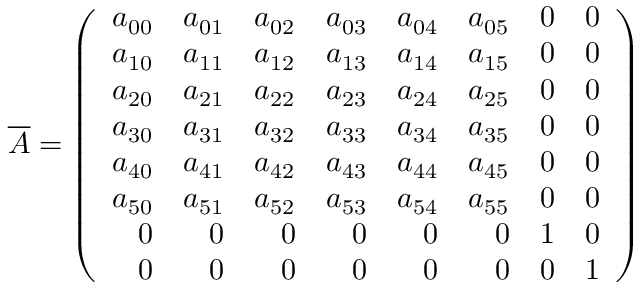
\overline { { A } } = \left( \begin{array} { r r r r r r r r } { a _ { 0 0 } } & { a _ { 0 1 } } & { a _ { 0 2 } } & { a _ { 0 3 } } & { a _ { 0 4 } } & { a _ { 0 5 } } & { 0 } & { 0 } \\ { a _ { 1 0 } } & { a _ { 1 1 } } & { a _ { 1 2 } } & { a _ { 1 3 } } & { a _ { 1 4 } } & { a _ { 1 5 } } & { 0 } & { 0 } \\ { a _ { 2 0 } } & { a _ { 2 1 } } & { a _ { 2 2 } } & { a _ { 2 3 } } & { a _ { 2 4 } } & { a _ { 2 5 } } & { 0 } & { 0 } \\ { a _ { 3 0 } } & { a _ { 3 1 } } & { a _ { 3 2 } } & { a _ { 3 3 } } & { a _ { 3 4 } } & { a _ { 3 5 } } & { 0 } & { 0 } \\ { a _ { 4 0 } } & { a _ { 4 1 } } & { a _ { 4 2 } } & { a _ { 4 3 } } & { a _ { 4 4 } } & { a _ { 4 5 } } & { 0 } & { 0 } \\ { a _ { 5 0 } } & { a _ { 5 1 } } & { a _ { 5 2 } } & { a _ { 5 3 } } & { a _ { 5 4 } } & { a _ { 5 5 } } & { 0 } & { 0 } \\ { 0 } & { 0 } & { 0 } & { 0 } & { 0 } & { 0 } & { 1 } & { 0 } \\ { 0 } & { 0 } & { 0 } & { 0 } & { 0 } & { 0 } & { 0 } & { 1 } \end{array} \right)